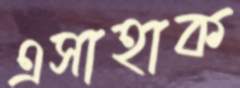
এসাহাক